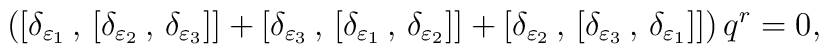
\left( [ \delta_{\varepsilon_1}\,,\,[ \delta_{\varepsilon_2}\,,\,\delta_{\varepsilon_3} ] ] + [ \delta_{\varepsilon_3}\,,\,[\delta_{\varepsilon_1}\,,\,\delta_{\varepsilon_2} ] ]+ [ \delta_{\varepsilon_2}\,,\,[ \delta_{\varepsilon_3}\,,\,\delta_{\varepsilon_1} ] ] \right) q^r = 0 ,